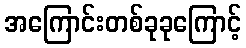
အကြောင်းတစ်ခုခုကြောင့်